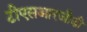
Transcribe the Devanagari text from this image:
टीएसआरजीडी